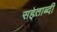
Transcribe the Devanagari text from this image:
सहताब्दी